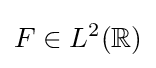
F\in L^{2}(\mathbb {R} )